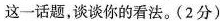
这一话题，谈谈你的看法。(2分)